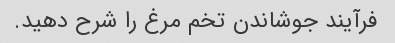
فرآیند جوشاندن تخم مرغ را شرح دهید.